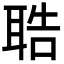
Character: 聕